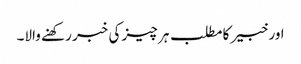
اور خبیر کا مطلب ہر چیز کی خبر رکھنے والا۔